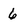
Character: 6